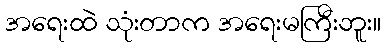
အရေးထဲ သုံးတာက အရေးမကြီးဘူး။